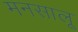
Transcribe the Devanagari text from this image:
मनसालू